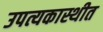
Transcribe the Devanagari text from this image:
उपत्यकास्थीत